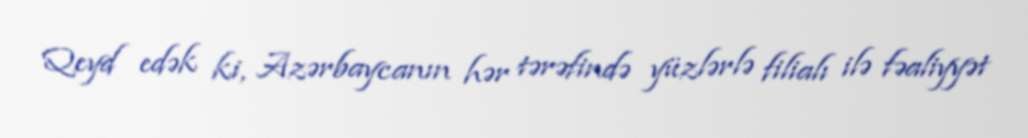
Qeyd edək ki, Azərbaycanın hər tərəfində yüzlərlə filialı ilə fəaliyyət